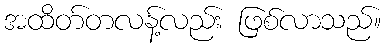
အထိတ်တလန့်လည်း ဖြစ်လာသည်။